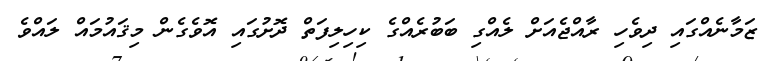
ޒަމާނެއްގައި ދިވެހި ރާއްޖެއަށް ލެއްގި ބަބުރެއްގެ ކިހިލިފަތް ދޮށުގައި އޮވެގެން މިޤައުމައް ލައްވެ